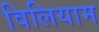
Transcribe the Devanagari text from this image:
विलियाम